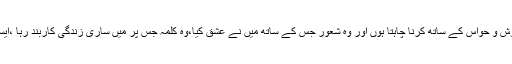
علامہ صاحب کا کہنا تھا کہ’’ موت کا تجربہ میں پورے ہوش و حواس کے ساتھ کرنا چاہتا ہوں اور وہ شعور جس کے ساتھ میں نے عشق کیا،وہ کلمہ جس پر میں ساری زندگی کاربند رہا ،ایسا نہ ہو کہ کہیں نشے کی حالت میں میں اس کو چھوڑ دوں۔